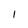
Character: I